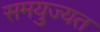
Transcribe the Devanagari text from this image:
समयुज्यत